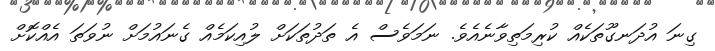
ގިނަ އުދަނގޫތަކެއް ކުރިމަތިވާނެއެވެ. ނަމަވެސް އެ ތަދުތަކަށް ލުއިކަމެއް ގެނައުމަށް ނުވަތަ އެއްކޮށް